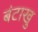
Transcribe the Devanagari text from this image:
बंटाखु